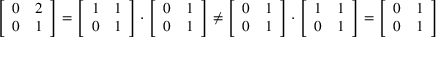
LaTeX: { \left[ \begin{array} { l l } { 0 } & { 2 } \\ { 0 } & { 1 } \end{array} \right] } = { \left[ \begin{array} { l l } { 1 } & { 1 } \\ { 0 } & { 1 } \end{array} \right] } \cdot { \left[ \begin{array} { l l } { 0 } & { 1 } \\ { 0 } & { 1 } \end{array} \right] } \neq { \left[ \begin{array} { l l } { 0 } & { 1 } \\ { 0 } & { 1 } \end{array} \right] } \cdot { \left[ \begin{array} { l l } { 1 } & { 1 } \\ { 0 } & { 1 } \end{array} \right] } = { \left[ \begin{array} { l l } { 0 } & { 1 } \\ { 0 } & { 1 } \end{array} \right] }